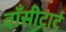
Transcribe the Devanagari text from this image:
वाँसीटार्ट